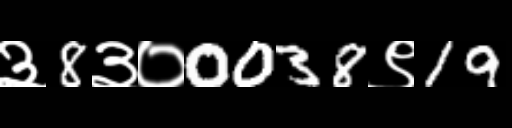
Text: ३8३०0038९19